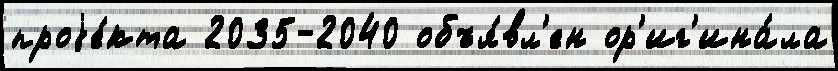
проjе́кта 2035-2040 объя́вл'ен ор'иг'ина́ла